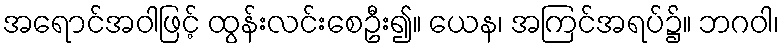
အရောင်အဝါဖြင့် ထွန်းလင်းစေဦး၍။ ယေန၊ အကြင်အရပ်၌။ ဘဂဝါ၊